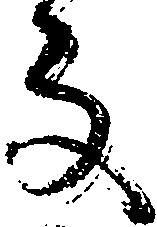
な